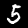
Digit: 5